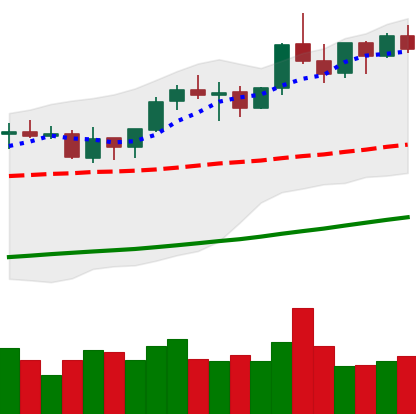
Ticker: ETH-USD
Chart end date: 2021-10-26
Forward return: 3.8%
Label: up_3_5